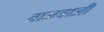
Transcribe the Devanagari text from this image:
बाजबाजी